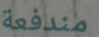
مندفعة